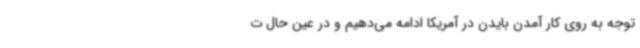
توجه به روی کار آمدن بایدن در آمریکا ادامه می‌دهیم و در عین حال ت